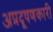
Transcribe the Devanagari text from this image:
अप्रदूषणकारी